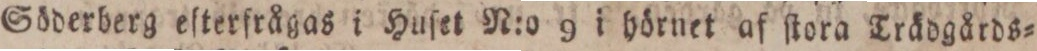
Söderberg eſterfrågas i Huſet N:o 9 i hörnet af ſtora Trädgårds=